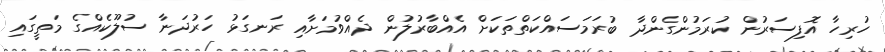
ހުރިހާ އޮފިސަރުން ކުރަމުންގެންދާ ބުރަމަސައްކަތްތަކަށް އެއްބާރުލުން ދެއްވުމަށާއި ރަނގަޅު ހަރުދަނާ ސުލޫކެއްގެ މަތީގައި